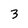
Character: 3